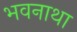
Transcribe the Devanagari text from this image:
भवनाथा